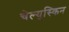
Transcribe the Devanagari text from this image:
चेल्युस्किन